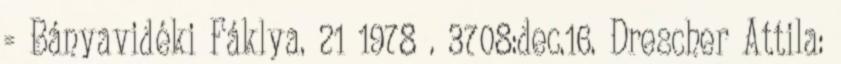
= Bányavidéki Fáklya. 21 1978 . 3708:dec.16. Drescher Attila: